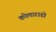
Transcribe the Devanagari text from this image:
कोलाराडो